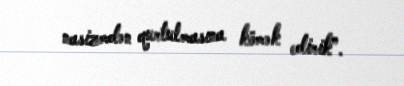
nasizmdən qurtulmasına kömək edirik”.